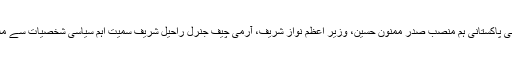
صدر حسن روحانی پاکستانی ہم منصب صدر ممنون حسین، وزیر اعظم نواز شریف، آرمی چیف جنرل راحیل شریف سمیت اہم سیاسی شخصیات سے ملاقاتیں کریں گے۔